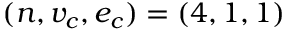
( n , v _ { c } , e _ { c } ) = ( 4 , 1 , 1 )